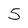
Character: 5